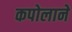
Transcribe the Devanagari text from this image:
कपोलाने